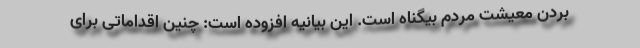
بردن معیشت مردم بیگناه است. این بیانیه افزوده است: چنین اقداماتی برای